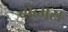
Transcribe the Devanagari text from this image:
बोव्मंस